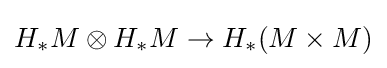
H_{*}M\otimes H_{*}M\to H_{*}(M\times M)